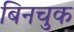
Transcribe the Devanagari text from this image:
बिनचुक